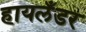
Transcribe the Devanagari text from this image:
हायलँडर